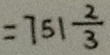
= 7 5 1 \frac { 2 } { 3 }